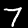
Digit: 7